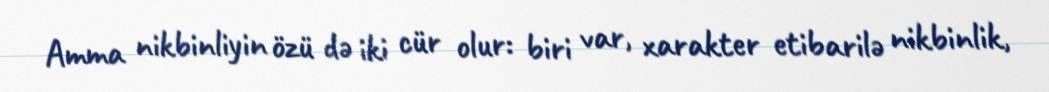
Amma nikbinliyin özü də iki cür olur: biri var, xarakter etibarilə nikbinlik,